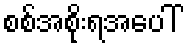
စစ်အစိုးရအပေါ်